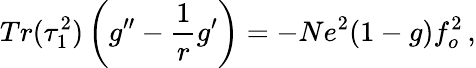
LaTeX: Tr(\tau_{1}^{2})\left(g^{\prime\prime}-\frac{1}{r}g^{\prime}\right)=-Ne^{2}(1-g)f_{o}^{2}\, ,